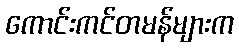
ကောင်းကင်တမန်များက